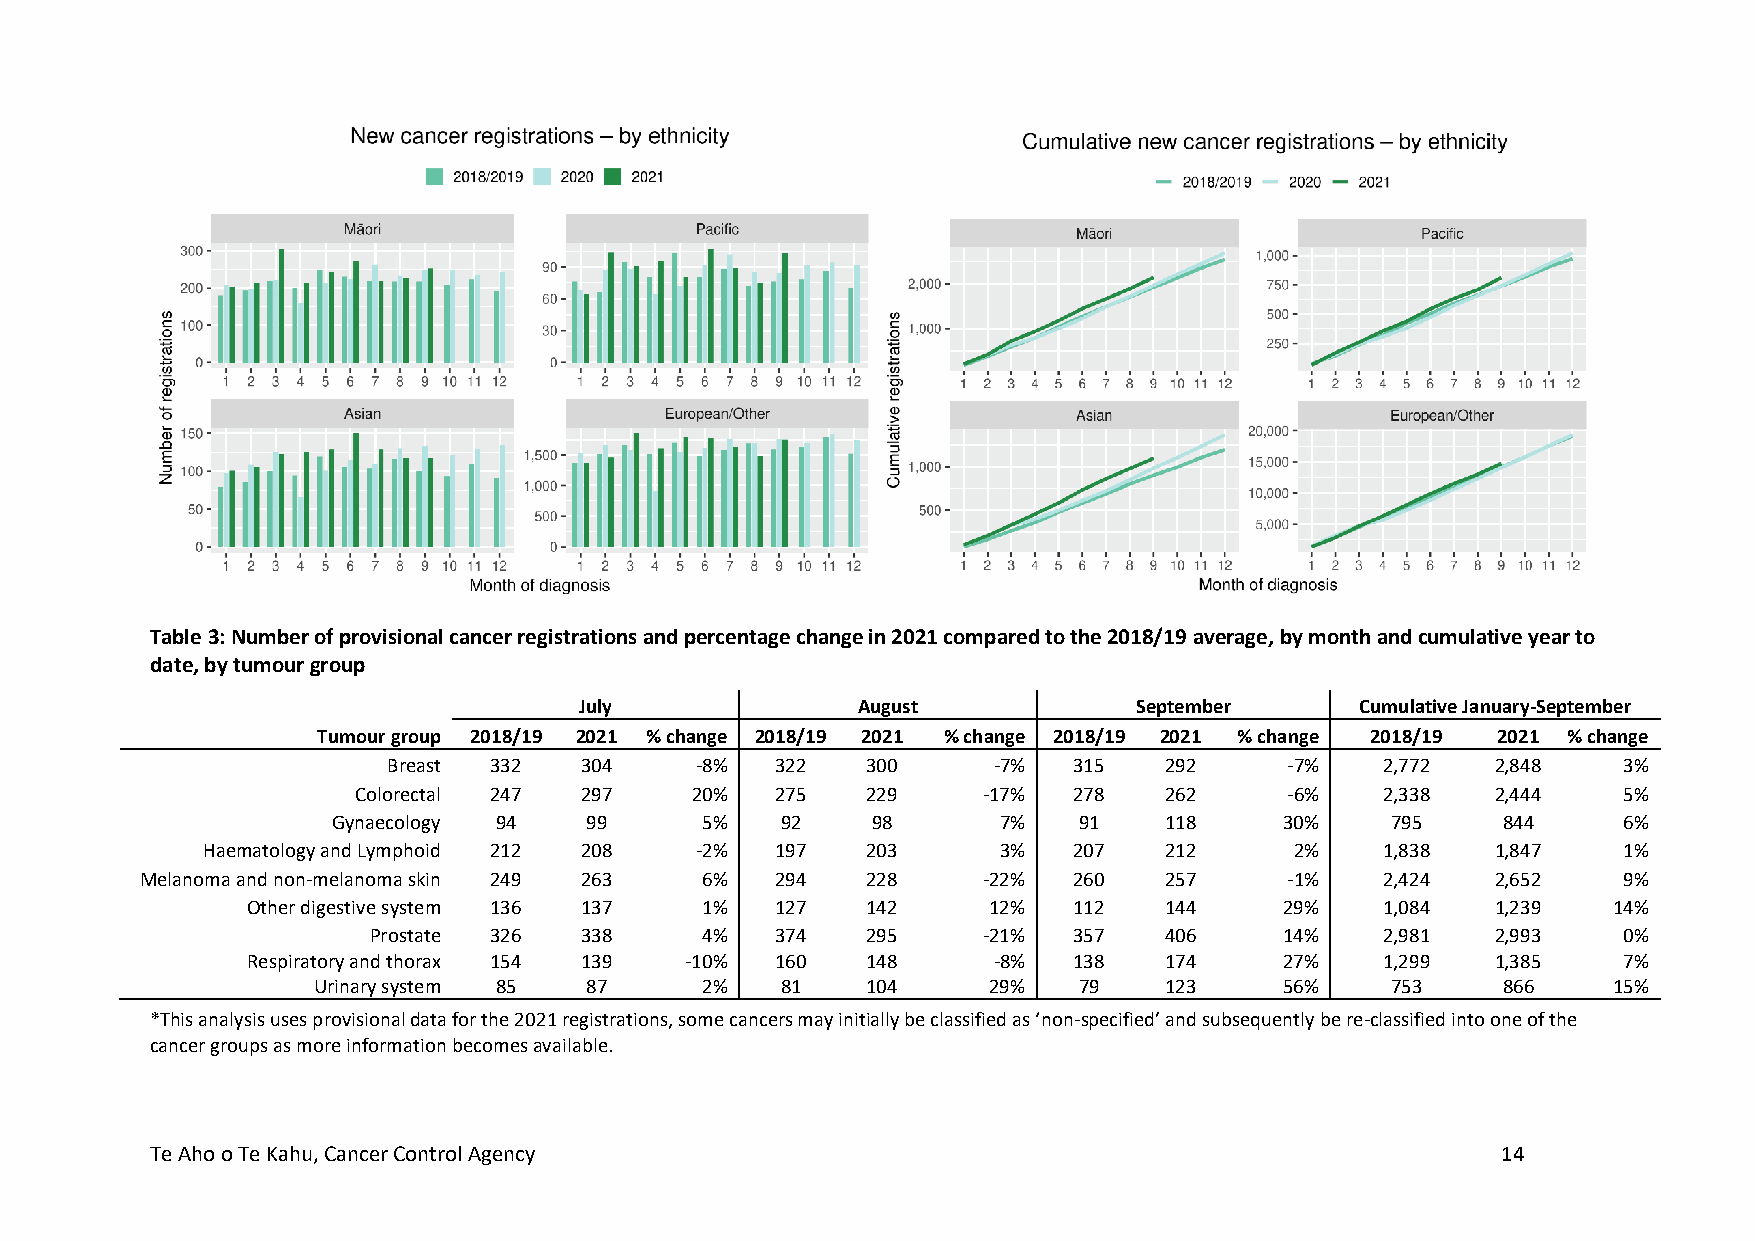
Table 3: Number of provisional cancer registrations and percentage change in 2021 compared to the 2018/19 average, by month and cumulative year to
 date, by tumour group
 July               August            September      Cumulative January-September
 Tumour group 2018/19 2021 % change 2018/19 2021 % change 2018/19 2021 % change 2018/19 2021 % change
 Breast 332  304     -8%  322   300      -7%  315   292     -7%   2,772   2,848   3%
 Colorectal 247 297    20%  275   229     -17%  278   262     -6%   2,338   2,444   5%
 Gynaecology 94   99     5%    92    98      7%   91    118     30%    795    844     6%
 Haematology and Lymphoid 212 208 -2%  197   203      3%   207   212      2%   1,838   1,847   1%
 Melanoma and non-melanoma skin 249 263 6% 294   228     -22%  260   257     -1%   2,424   2,652   9%
 Other digestive system 136 137 1%  127   142     12%   112   144     29%   1,084   1,239   14%
 Prostate 326  338     4%   374   295     -21%  357   406     14%   2,981   2,993   0%
 Respiratory and thorax 154 139 -10% 160  148      -8%  138   174     27%   1,299   1,385   7%
 Urinary system 85 87     2%    81   104     29%   79    123     56%    753    866     15%
 *This analysis uses provisional data for the 2021 registrations, some cancers may initially be classified as ‘non-specified’ and subsequently be re-classified into one of the
 cancer groups as more information becomes available.
 Te Aho o Te Kahu, Cancer Control Agency                                                  14